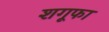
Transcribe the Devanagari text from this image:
शगूफा